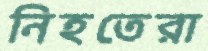
নিহতেরা